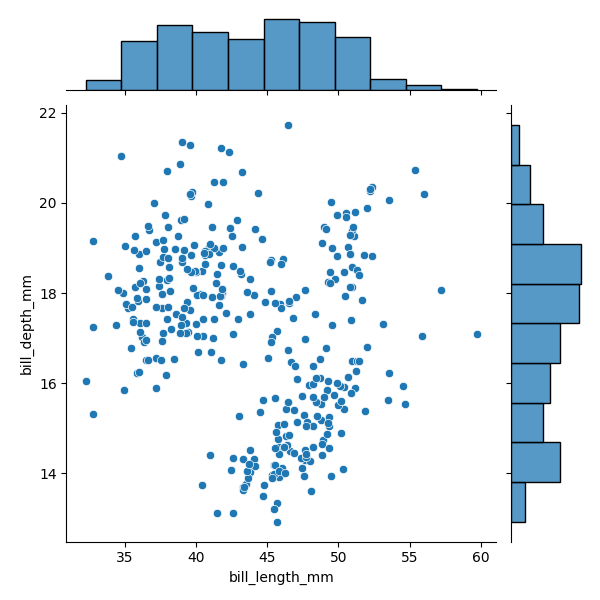
python, seaborn, JointGrid, scatterplot, histplot